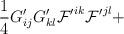
LaTeX: \begin{align*}\frac{1}{4} G'_{ij} G'_{kl} {\cal F'}^{ik}{\cal F'}^{jl}+\end{align*}